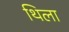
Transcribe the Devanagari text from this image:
थिला